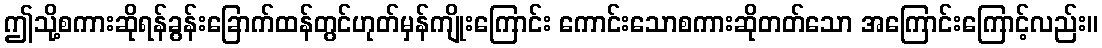
ဤသို့စကားဆိုရန်ခွန်းခြောက်ထန်တွင်ဟုတ်မှန်ကျိုးကြောင်း ကောင်းသောစကားဆိုတတ်သော အကြောင်းကြောင့်လည်း။